Black-water fever - Number 35
Disease focus: Fever
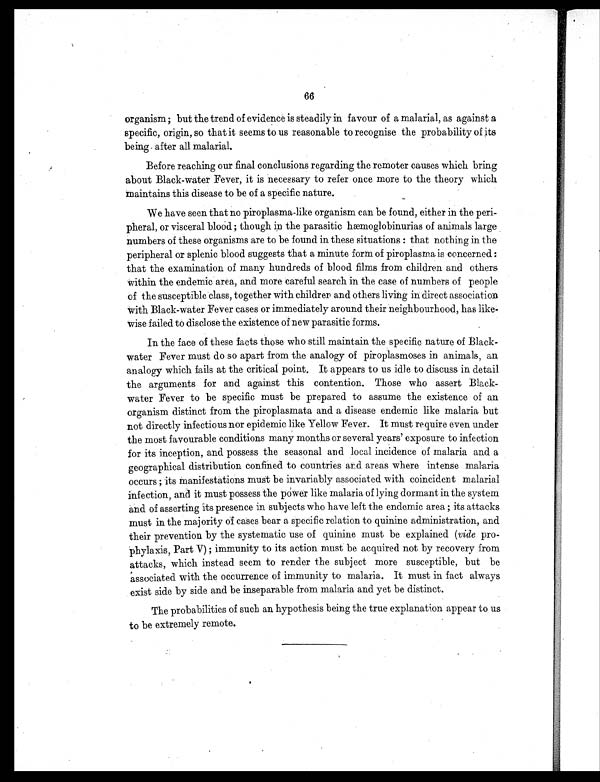
66
organism ; but the trend of evidence is steadily in favour of a malarial, as against a
specific, origin, so that it seems to us reasonable to recognise the probability of its
being after all malarial.
Before reaching our final conclusions regarding the remoter causes which bring
about Black-water Fever, it is necessary to refer once more to the theory which
maintains this disease to be of a specific nature.
We have seen that no piroplasma-like organism can be found, either in the peri-
pheral, or visceral blood ; though in the parasitic hæmoglobinurias of animals large
numbers of these organisms are to be found in these situations : that nothing in the
peripheral or splenic blood suggests that a minute form of piroplasma is concerned :
that the examination of many hundreds of blood films from children and others
within the endemic area, and more careful search in the case of numbers of people
of the susceptible class, together with children and others living in direct association
with Black-water Fever cases or immediately around their neighbourhood, has like-
wise failed to disclose the existence of new parasitic forms.
In the face of these facts those who still maintain the specific nature of Black-
water Fever must do so apart from the analogy of piroplasmoses in animals, an
analogy which fails at the critical point. It appears to us idle to discuss in detail
the arguments for and against this contention. Those who assert Black-
water Fever to be specific must be prepared to assume the existence of an
organism distinct from the piroplasmata and a disease endemic like malaria but
not directly infectious nor epidemic like Yellow Fever. It must require even under
the most favourable conditions many months or several years' exposure to infection
for its inception, and possess the seasonal and local incidence of malaria and a
geographical distribution confined to countries and areas where intense malaria
occurs ; its manifestations must be invariably associated with coincident malarial
infection, and it must possess the power like malaria of lying dormant in the system
and of asserting its presence in subjects who have left the endemic area ; its attacks
must in the majority of cases bear a specific relation to quinine administration, and
their prevention by the systematic use of quinine must be explained (vide pro-
phylaxis, Part V) ; immunity to its action must be acquired not by recovery from
attacks, which instead seem to render the subject more susceptible, but be
associated with the occurrence of immunity to malaria. It must in fact always
exist side by side and be inseparable from malaria and yet be distinct.
The probabilities of such an hypothesis being the true explanation appear to us
to be extremely remote.